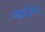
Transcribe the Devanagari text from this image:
न्यासयोगम्